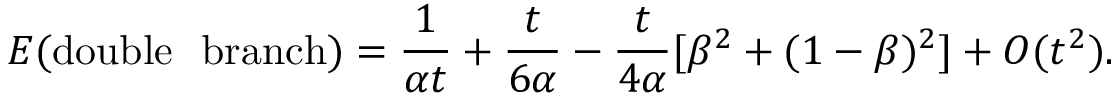
E ( \mathrm { d o u b l e ~ ~ b r a n c h } ) = \frac { 1 } { \alpha t } + \frac { t } { 6 \alpha } - \frac { t } { 4 \alpha } [ \beta ^ { 2 } + ( 1 - \beta ) ^ { 2 } ] + O ( t ^ { 2 } ) .